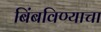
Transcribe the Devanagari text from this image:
बिंबविण्याचा